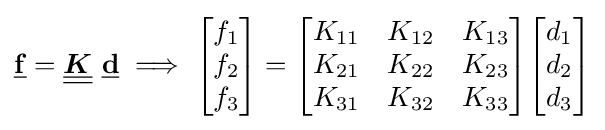
{\underline {\mathbf {f} }}={\underline {\underline {\boldsymbol {K}}}}~{\underline {\mathbf {d} }}\implies {\begin{bmatrix}f_{1}\\f_{2}\\f_{3}\end{bmatrix}}={\begin{bmatrix}K_{11}&K_{12}&K_{13}\\K_{21}&K_{22}&K_{23}\\K_{31}&K_{32}&K_{33}\end{bmatrix}}{\begin{bmatrix}d_{1}\\d_{2}\\d_{3}\end{bmatrix}}